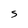
Character: S